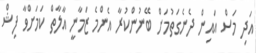
އަދި މަސް އައިން ދެނެގަތުމަށް ބޭނުންކުރާ އެންމެ ޒަމާނީ އާލާތް ކަމަށްވާ ފިޝް